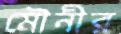
মৌনীর